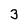
Character: 3